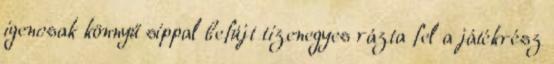
igencsak könnyű síppal befújt tizenegyes rázta fel a játékrész